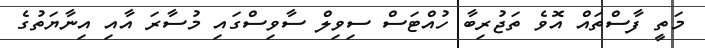
މަތީ ފާސްތައް އޮވެ ތަޖުރިބާ ހުއްޓަސް ސިވިލް ސާވިސްގައި މުސާރަ އާއި އިނާޔަތުގެ